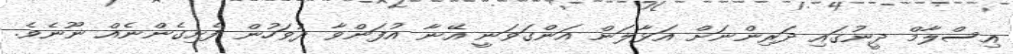
އިސްލާމް ދީނުގައި ދަރިންނަށް އަޅާލަން އަންގަވަނީ އޭނާ އުފަންވާ ދުވަހުން ފެށިގެންނެއް ނޫނެވެ.